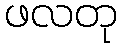
ဖလတု